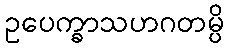
ဥပေက္ခာသဟဂတမ္ပိ